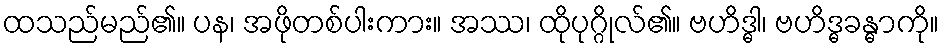
ထသည်မည်၏။ ပန၊ အဖိုတစ်ပါးကား။ အဿ၊ ထိုပုဂ္ဂိုလ်၏။ ဗဟိဒ္ဓါ၊ ဗဟိဒ္ဓခန္ဓာကို။